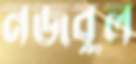
নজবুল